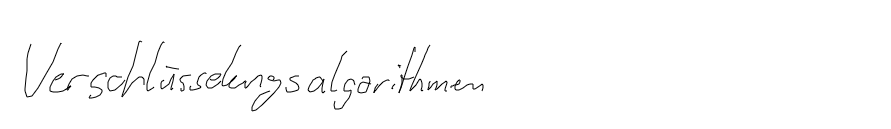
Verschlüsselungsalgorithmen